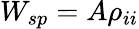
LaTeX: W_{sp}=A\rho_{ii}